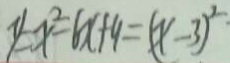
y = x ^ { 2 } - 6 x + 9 = ( x - 3 ) ^ { 2 . }